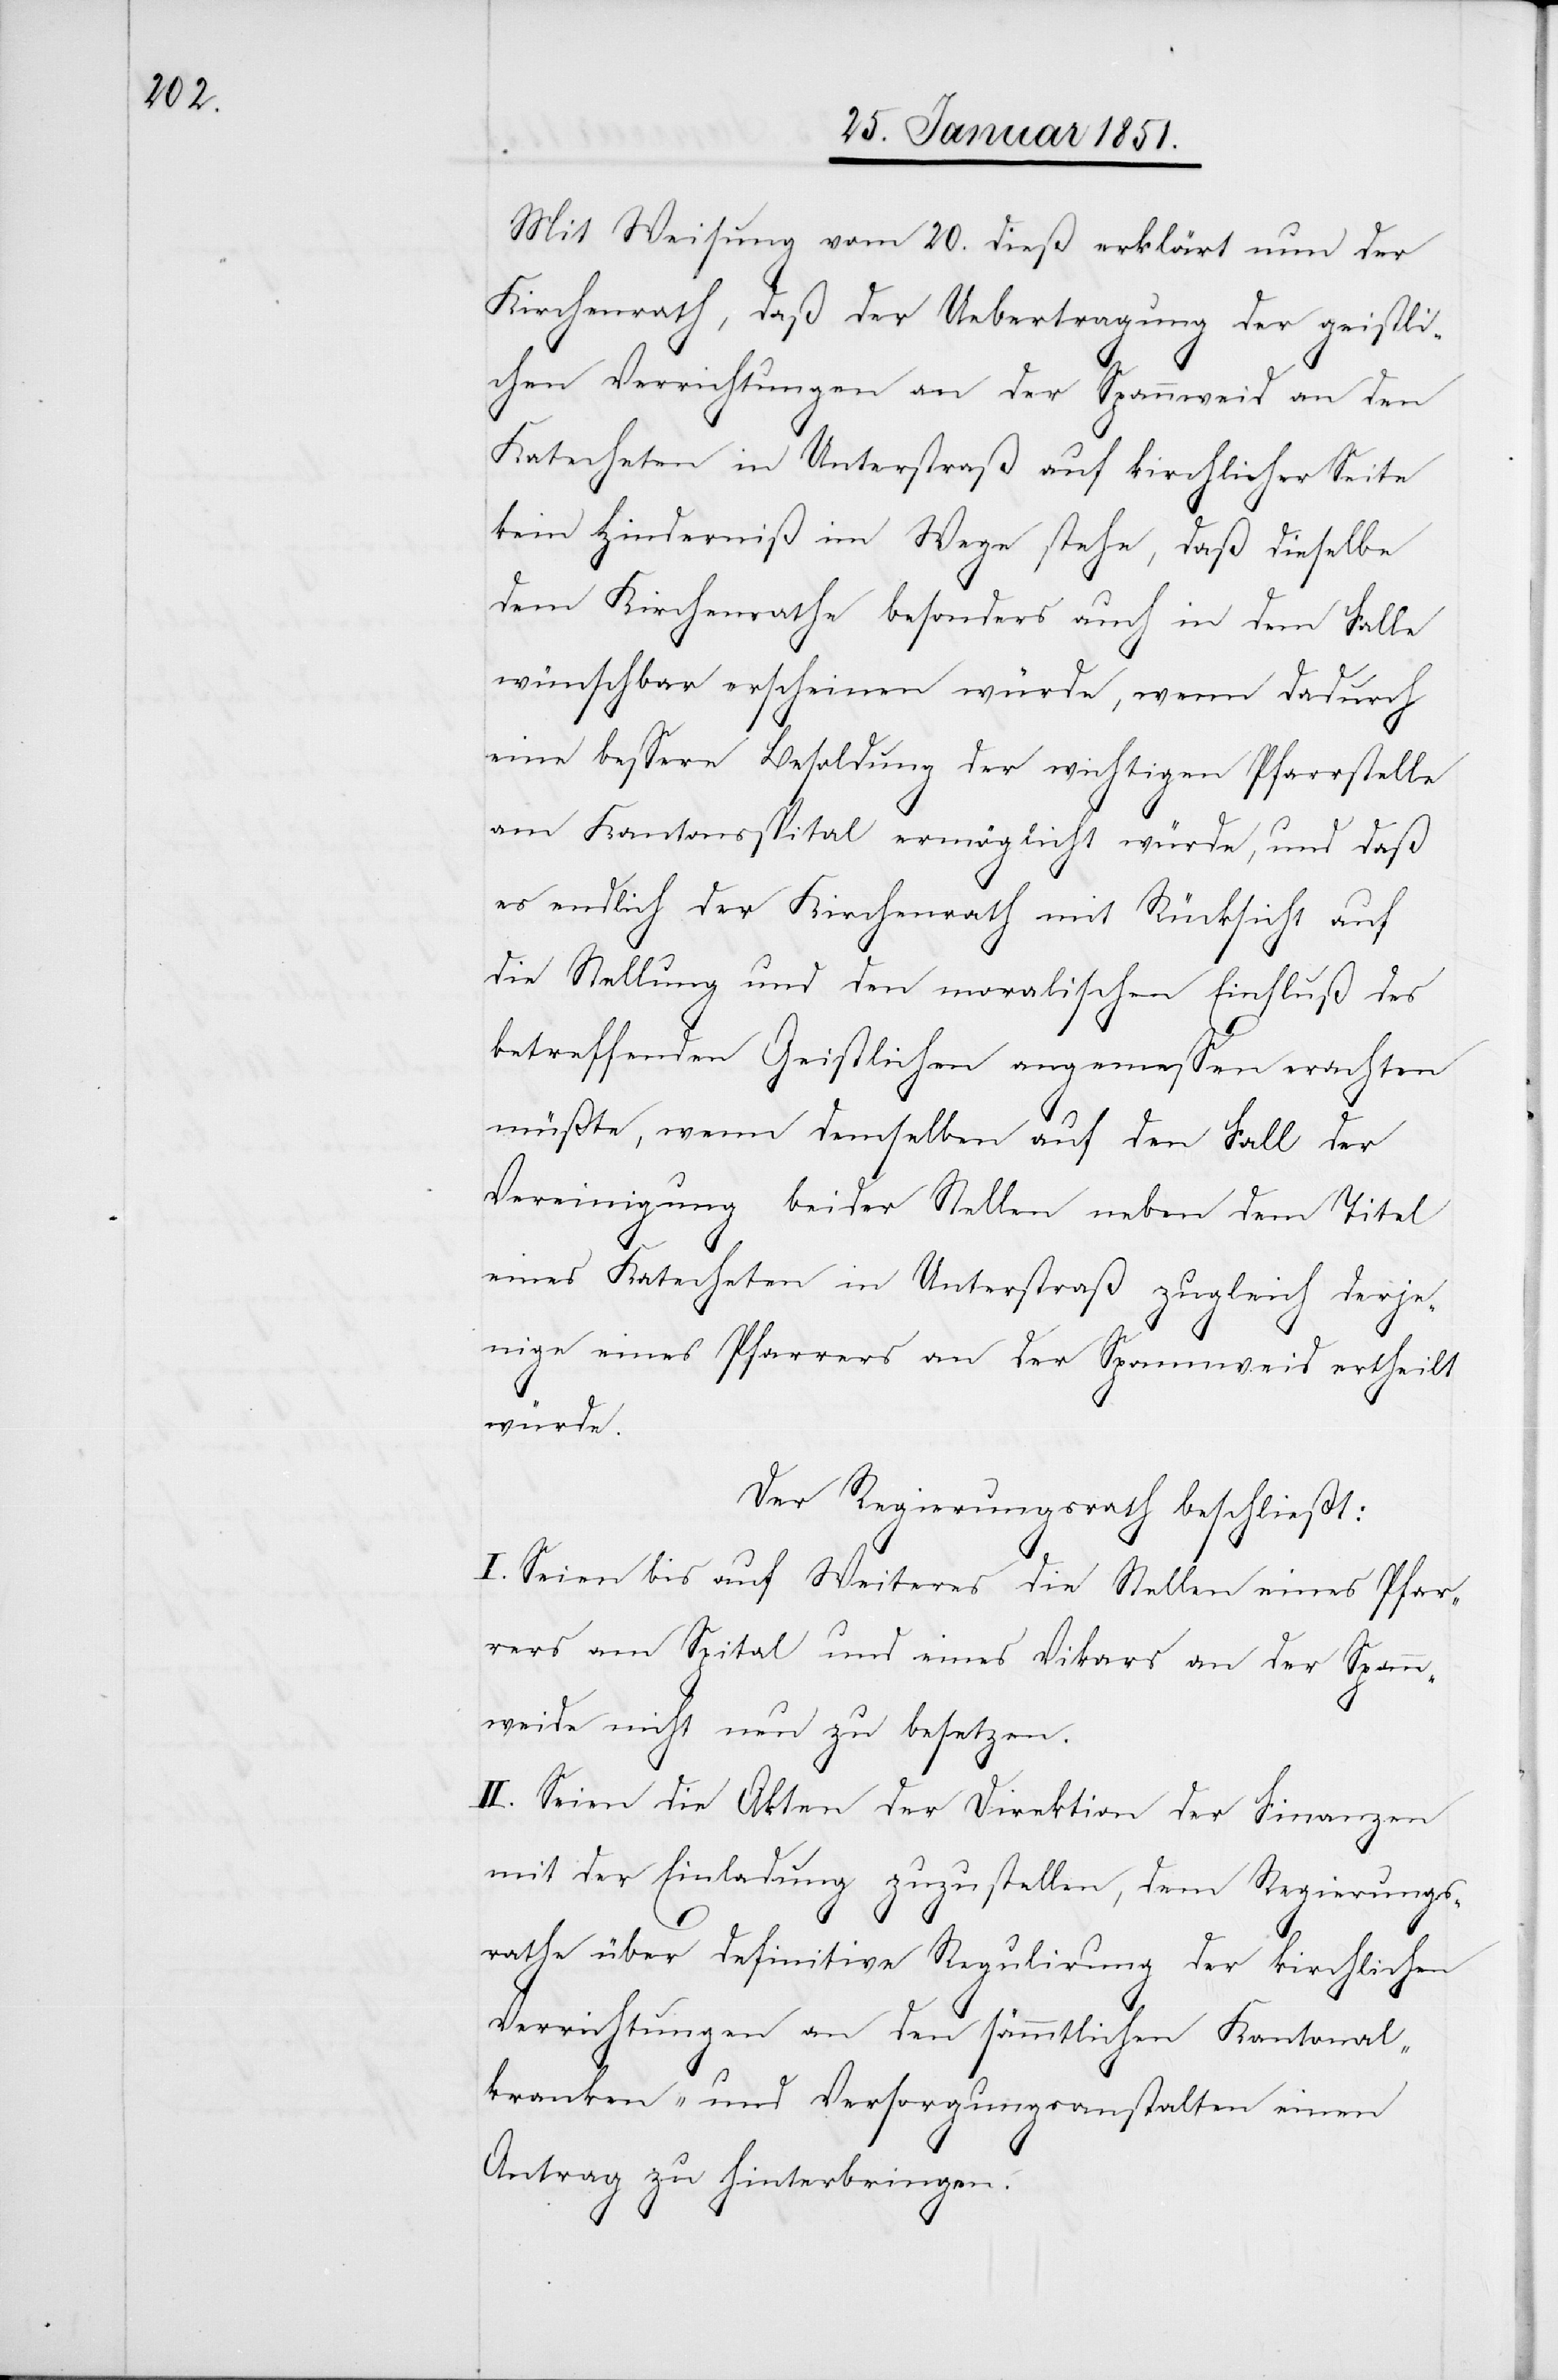
Mit Weisung vom 20. dieß erklärt nun der
Kirchenrath, daß der Uebertragung der geistli¬
chen Verrichtungen an der Spannweid an den
Katecheten in Unterstraß auf kirchlicher Seite
kein Hinderniß im Wege stehe, daß dieselbe
dem Kirchenrathe besonders auch in dem Falle
wünschbar erscheinen würde, wenn dadurch
eine bessere Besoldung der wichtigen Pfarrstelle
am Kantonsspital ermöglicht würde, und daß
es endlich der Kirchenrath mit Rücksicht auf
die Stellung und den moralischen Einfluß des
betreffenden Geistlichen angemessen erachten
müßte, wenn demselben auf den Fall der
Vereinigung beider Stellen neben dem Titel
eines Katecheten in Unterstraß zugleich derje¬
nige eines Pfarrers an der Spannweid ertheilt
würde.
Der Regierungsrath beschließt:
I. Seien bis auf Weiteres die Stellen eines Pfar¬
rers am Spital und eines Vikars an der Spann¬
weide nicht neu zu besetzen.
II. Seien die Akten der Direktion der Finanzen
mit der Einladung zuzustellen, dem Regierungs¬
rathe über definitive Regulirung der kirchlichen
Verrichtungen an den sämmtlichen Kantonal¬
kranken- und Versorgungsanstalten einen
Antrag zu hinterbringen.